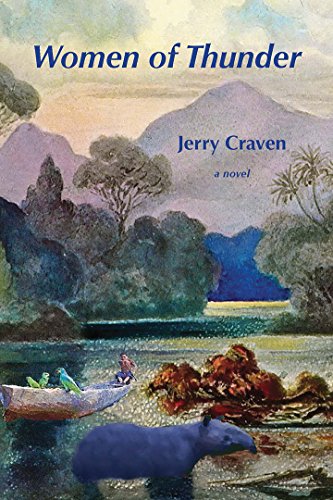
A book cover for Women of Thunder; Jerry Craven; Travel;